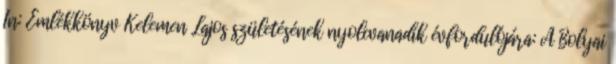
In: Emlékkönyv Kelemen Lajos születésének nyolcvanadik évfordulójára: A Bolyai